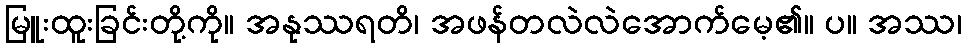
မြူးထူးခြင်းတို့ကို။ အနုဿရတိ၊ အဖန်တလဲလဲအောက်မေ့၏။ ပ။ အဿ၊